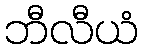
ဘီလီယံ